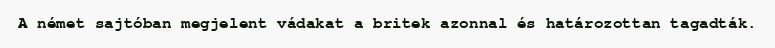
A német sajtóban megjelent vádakat a britek azonnal és határozottan tagadták.